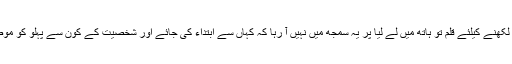
اس عظیم شخصیت پر لکھنے کیلئے قلم تو ہاتھ میں لے لیا پر یہ سمجھ میں نہیں آ رہا کہ کہاں سے ابتداء کی جائے اور شخصیت کے کون سے پہلو کو موضوع سخن بنایا جائے۔